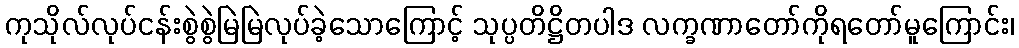
ကုသိုလ်လုပ်ငန်းစွဲစွဲမြဲမြဲလုပ်ခဲ့သောကြောင့် သုပ္ပတိဋ္ဌိတပါဒ လက္ခဏာတော်ကိုရတော်မူကြောင်း၊